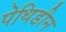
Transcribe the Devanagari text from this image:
पेथिडीन